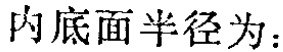
内底面半径为：